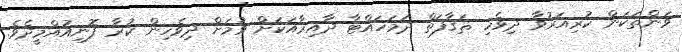
ވަންތަކަން ކުރިއަރުވާ ދިވެހި ޘަޤާފަތް ދަމަހައްޓާ ދާއިރާއަކަށް ވުމަށް ދިވެހިން ކުރާ ފޮނިއުއްމީދެވެ.